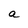
Character: a